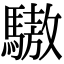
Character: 䮯